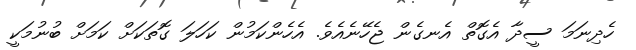
ހެދިނަމަ ސީދާ އެގޮތް އެނގެން ޖެހޭނެއެވެ. އެހެންކަމުން ކަހަލަ ގޮތަކަށް ކަމަށް ބުނުމަކީ